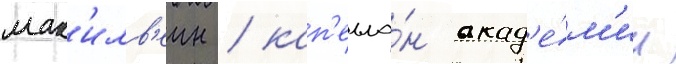
мак'илв'еин / кап'елла́н акад'е́м'ии